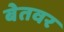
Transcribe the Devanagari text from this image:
बेतवर